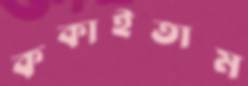
ককাইতাম